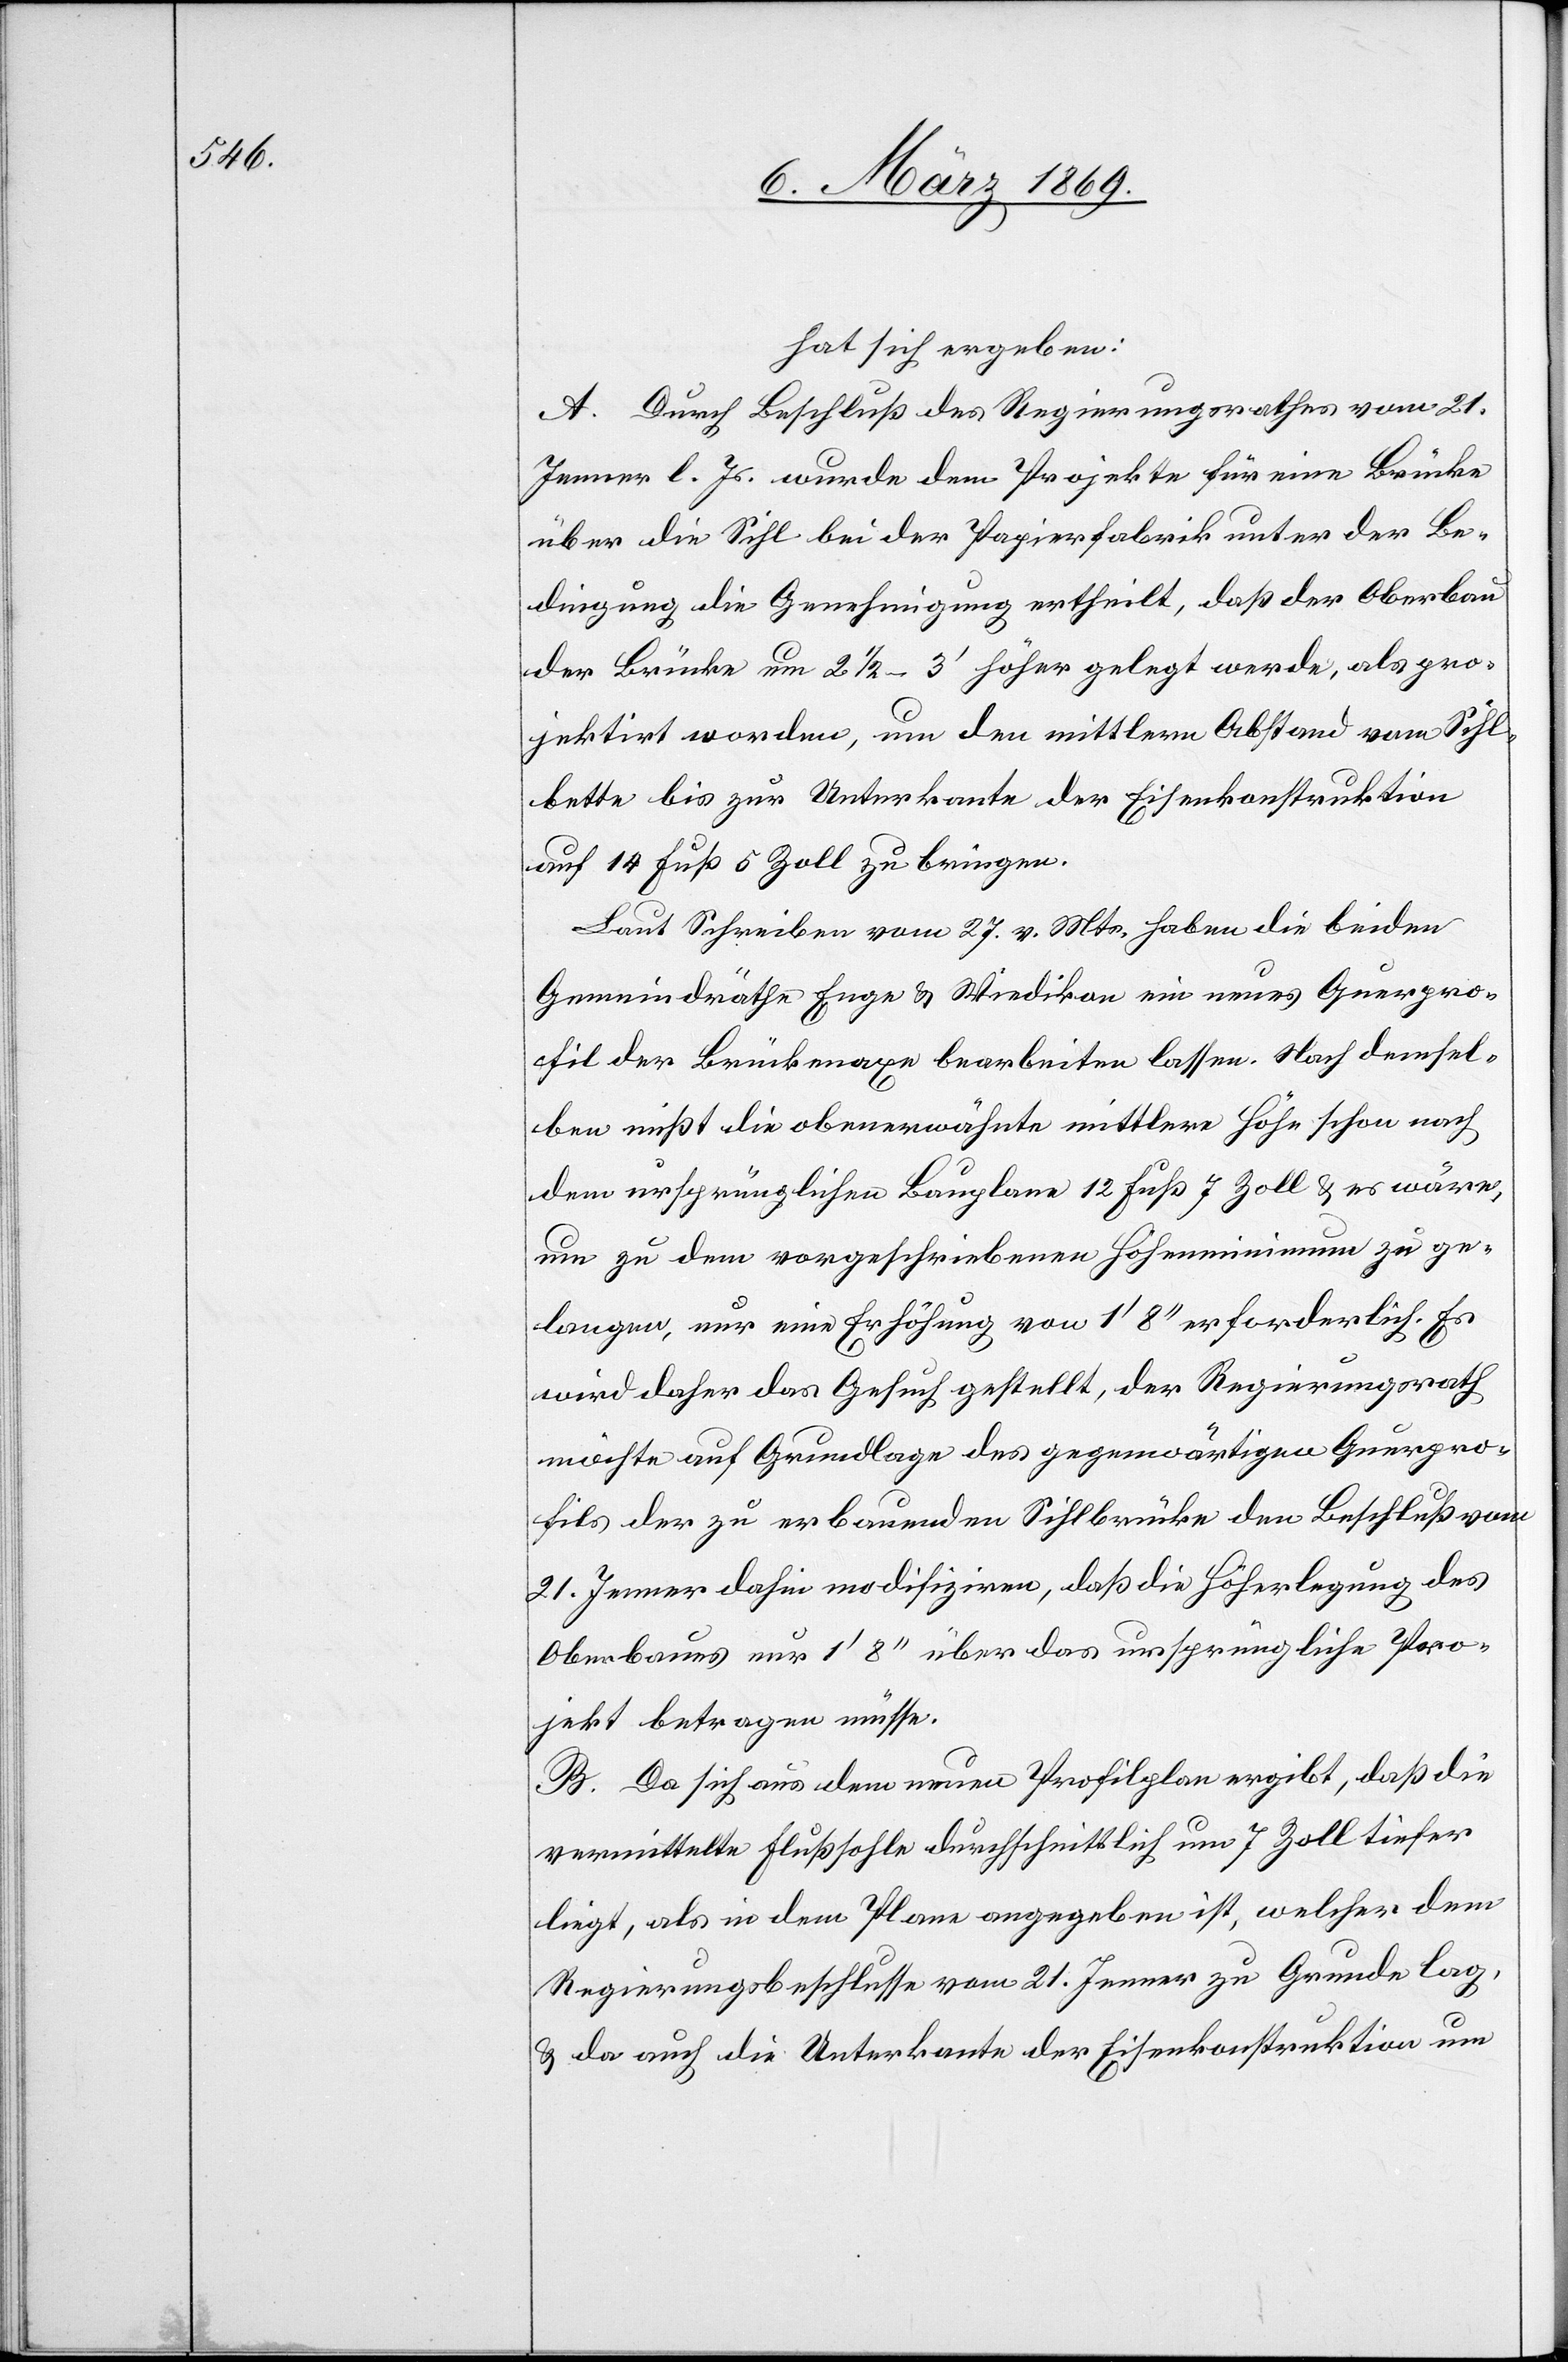
hat sich ergeben:
A. Durch Beschluß des Regierungsrathes vom 21.
Jenner l. Js. wurde dem Projekte für eine Brücke
über die Sihl bei der Papierfabrik unter der Be¬
dingung die Genehmigung ertheilt, daß der Oberbau
der Brücke um 2 1/2–3’ höher gelegt werde, als pro¬
jektirt worden, um den mittlern Abstand vom Sihl¬
bette bis zur Unterkante der Eisenkonstruktion
auf 14 Fuß 5 Zoll zu bringen.
Laut Schreiben vom 27. v. Mts. haben die beiden
Gemeindräthe Enge & Wiedikon ein neues Querpro¬
fil der Brückenaxe bearbeiten lassen. Nach demsel¬
ben mißt die obenerwähnte mittlere Höhe schon nach
dem ursprünglichen Bauplane 12 Fuß 7 Zoll & es wäre,
um zu dem vorgeschriebenen Höhenminimum zu ge¬
langen, nur eine Erhöhung von 1’ 8’’ erforderlich. Es
wird daher das Gesuch gestellt, der Regierungsrath
möchte auf Grundlage des gegenwärtigen Querpro¬
fils der zu erbauenden Sihlbrücke den Beschluß vom
21. Jenner dahin modifiziren, daß die Höherlegung des
Oberbaues nur 1’ 8’’ über das ursprüngliche Pro¬
jekt betragen müsse.
B. Da sich aus dem neuen Profilplan ergibt, daß die
vermittelte Flußsohle durchschnittlich um 7 Zoll tiefer
liegt, als in dem Plane angegeben ist, welcher dem
Regierungsbeschlusse vom 21. Jenner zu Grunde lag,
& da auch die Unterkante der Eisenkonstruktion um